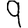
Digit: 9